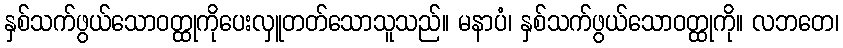
နှစ်သက်ဖွယ်သောဝတ္ထုကိုပေးလှူတတ်သောသူသည်။ မနာပံ၊ နှစ်သက်ဖွယ်သောဝတ္ထုကို။ လဘတေ၊